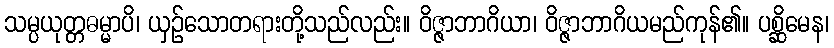
သမ္ပယုတ္တဓမ္မာပိ၊ ယှဉ်သောတရားတို့သည်လည်း။ ဝိဇ္ဇာဘာဂိယာ၊ ဝိဇ္ဇာဘာဂိယမည်ကုန်၏။ ပစ္ဆိမေန၊